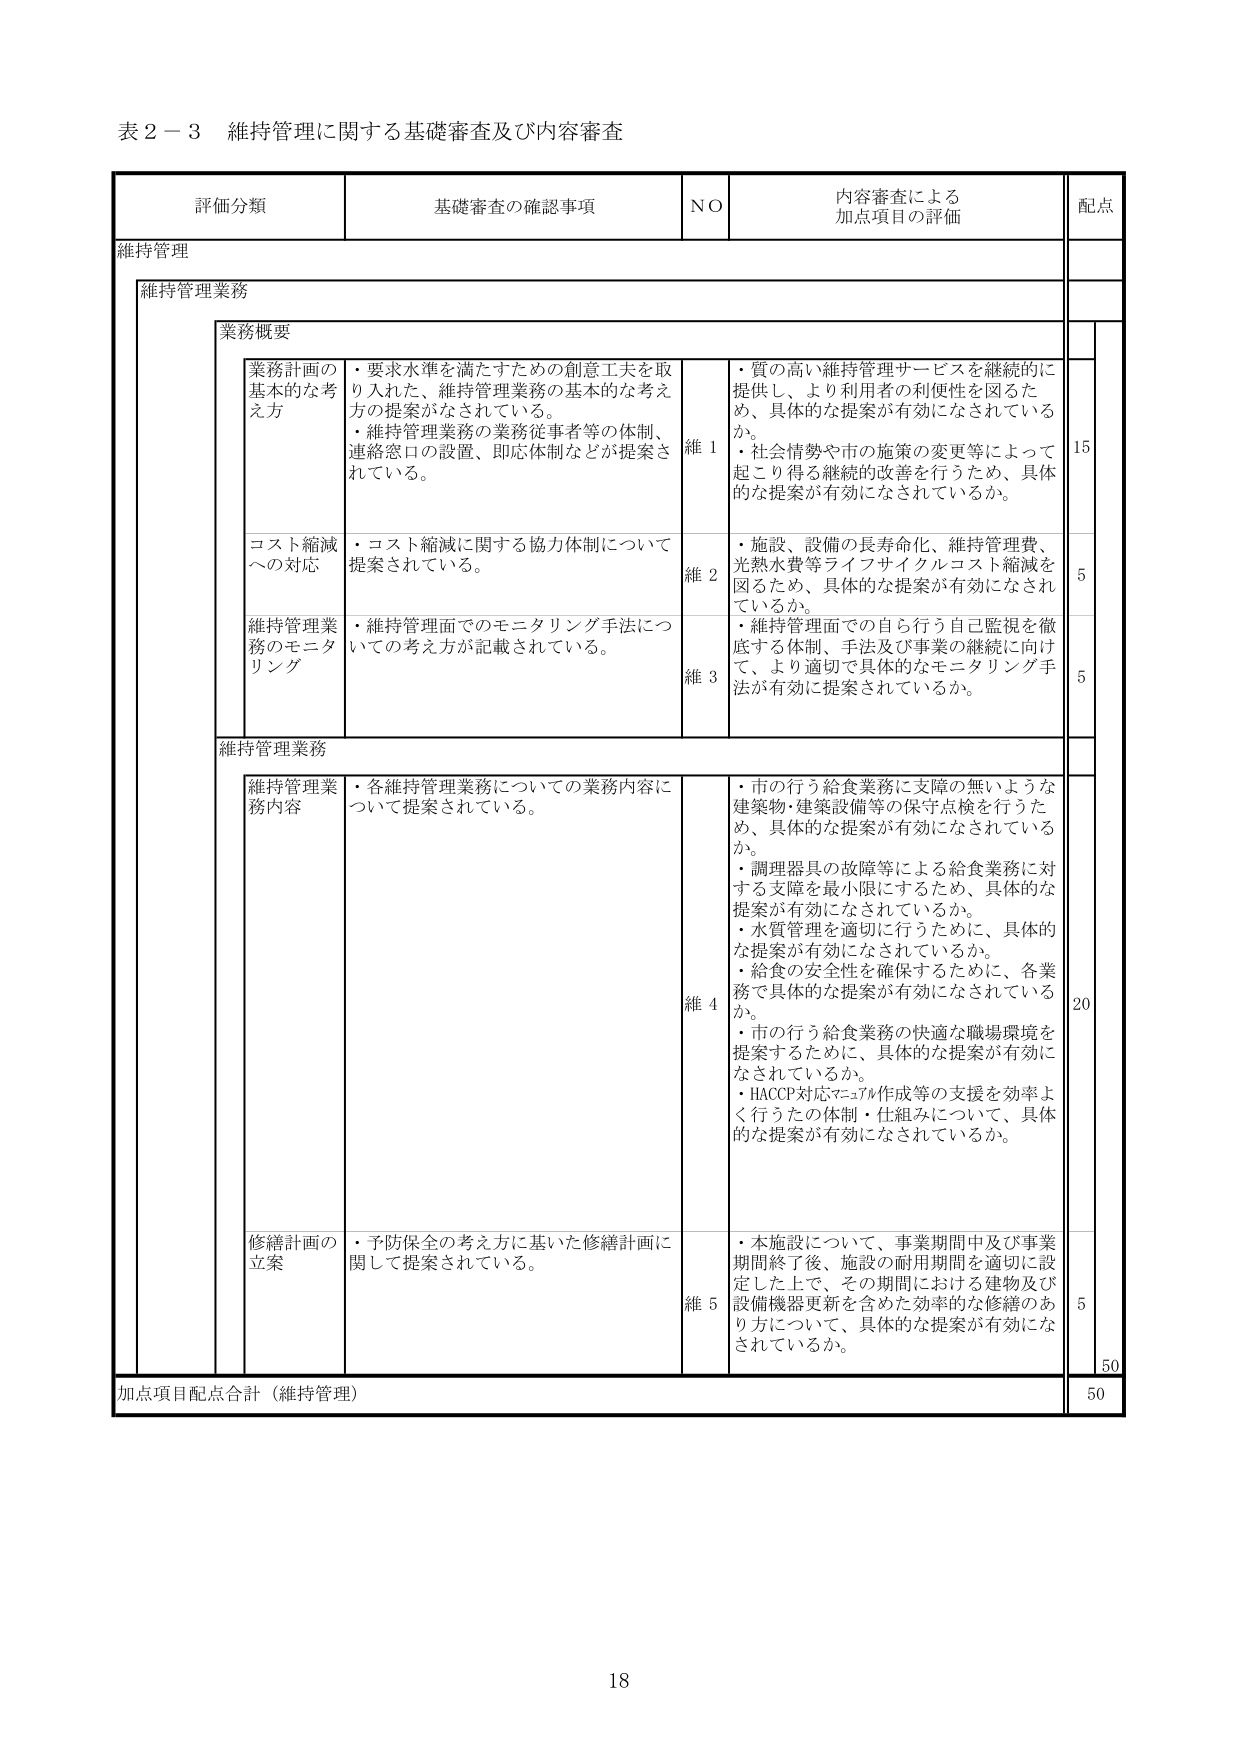
表２－３ 維持管理に関する基礎審査及び内容審査

評価分類 基礎審査の確認事項 NO 内容審査による加点項目の評価 配点

維持管理

維持管理業務

業務概要

業務計画の基本的な考え方
・要求水準を満たすための創意工夫を取り入れた、維持管理業務の基本的な考え方の提案がなされている。
・維持管理業務の業務従事者等の体制、連絡窓口の設置、即応体制などが提案されている。
維１
・質の高い維持管理サービスを継続的に提供し、より利用者の利便性を図るため、具体的な提案が有効になされているか。
・社会情勢や市の施策の変更等によって起こり得る継続的改善を行うため、具体的な提案が有効になされているか。
15

コスト縮減への対応
・コスト縮減に関する協力体制について提案されている。
維２
・施設、設備の長寿命化、維持管理費、光熱水費等ライフサイクルコスト縮減を図るため、具体的な提案が有効になされているか。
5

維持管理業務のモニタリング
・維持管理面でのモニタリング手法についての考え方が記載されている。
維３
・維持管理面での自ら行う自己監視を徹底する体制、手法及び事業の継続に向けて、より適切で具体的なモニタリング手法が有効に提案されているか。
5

維持管理業務

維持管理業務内容
・各維持管理業務についての業務内容について提案されている。
維４
・市の行う給食業務に支障の無いような建築物・建築設備等の保守点検を行うため、具体的な提案が有効になされているか。
・調理器具の故障等による給食業務に対する支障を最小限にするため、具体的な提案が有効になされているか。
・水質管理を適切に行うために、具体的な提案が有効になされているか。
・給食の安全性を確保するために、各業務で具体的な提案が有効になされているか。
・市の行う給食業務の快適な職場環境を提案するために、具体的な提案が有効になされているか。
・HACCP対応マニュアル作成等の支援を効率よく行った体制・仕組みについて、具体的な提案が有効になされているか。
20

修繕計画の立案
・予防保全の考え方に基づいた修繕計画に関して提案されている。
維５
・本施設について、事業期間中及び事業期間終了後、施設の耐用期間を適切に設定した上で、その期間における建物及び設備機器更新を含めた効率的な修繕のあり方について、具体的な提案が有効になされているか。
5

加点項目配点合計（維持管理） 50

18